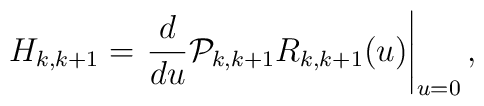
H_{k,k+1} = \left. \frac{d}{du} {\cal P}_{k,k+1} R_{k,k+1}(u)\right|_{u=0},